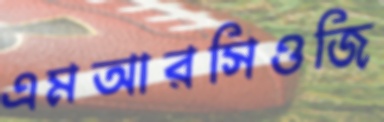
এমআরসিওজি